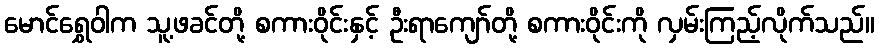
မောင်ရွှေဝါက သူ့ဖခင်တို့ စကားဝိုင်းနှင့် ဦးရာကျော်တို့ စကားဝိုင်းကို လှမ်းကြည့်လိုက်သည်။